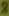
Text: 2